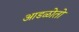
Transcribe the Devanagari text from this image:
आडळोतो